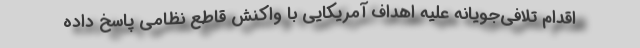
اقدام تلافی‌جویانه علیه اهداف آمریکایی با واکنش قاطع نظامی پاسخ داده